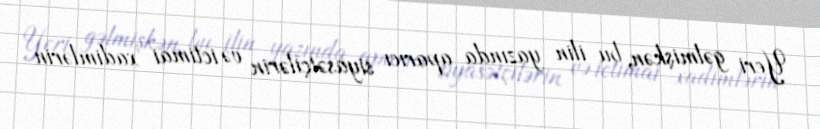
Yeri gəlmişkən, bu ilin yazında aparıcı siyasətçilərin və ictimai xadimlərin